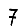
Digit: 7